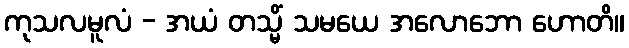
ကုသလမူလံ - အယံ တသ္မိံ သမယေ အလောဘော ဟောတိ။